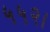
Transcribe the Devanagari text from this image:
५५२।